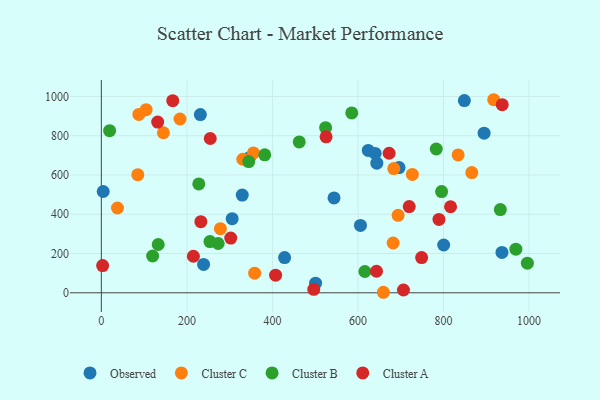
{"axis": {"x": "Investment", "y": "Sales"}, "legend": ["Cluster A", "Cluster B", "Cluster C", "Observed"], "data": [{"x": "894.8", "y": 812.8, "type": "Observed"}, {"x": "544.0", "y": 483.2, "type": "Observed"}, {"x": "605.8", "y": 343.1, "type": "Observed"}, {"x": "239.0", "y": 144.6, "type": "Observed"}, {"x": "329.4", "y": 497.8, "type": "Observed"}, {"x": "346.2", "y": 688.2, "type": "Observed"}, {"x": "4.4", "y": 515.8, "type": "Observed"}, {"x": "848.7", "y": 978.9, "type": "Observed"}, {"x": "644.0", "y": 660.0, "type": "Observed"}, {"x": "696.0", "y": 637.7, "type": "Observed"}, {"x": "428.4", "y": 179.3, "type": "Observed"}, {"x": "936.6", "y": 205.7, "type": "Observed"}, {"x": "624.0", "y": 725.2, "type": "Observed"}, {"x": "500.8", "y": 48.9, "type": "Observed"}, {"x": "305.8", "y": 377.4, "type": "Observed"}, {"x": "640.2", "y": 709.8, "type": "Observed"}, {"x": "800.3", "y": 243.4, "type": "Observed"}, {"x": "231.5", "y": 907.5, "type": "Observed"}, {"x": "278.3", "y": 326.7, "type": "Cluster C"}, {"x": "683.7", "y": 632.4, "type": "Cluster C"}, {"x": "659.4", "y": 2.6, "type": "Cluster C"}, {"x": "682.2", "y": 253.5, "type": "Cluster C"}, {"x": "85.2", "y": 601.8, "type": "Cluster C"}, {"x": "183.9", "y": 885.2, "type": "Cluster C"}, {"x": "330.7", "y": 680.1, "type": "Cluster C"}, {"x": "727.1", "y": 603.0, "type": "Cluster C"}, {"x": "87.7", "y": 908.2, "type": "Cluster C"}, {"x": "917.3", "y": 983.3, "type": "Cluster C"}, {"x": "358.4", "y": 100.0, "type": "Cluster C"}, {"x": "866.0", "y": 612.2, "type": "Cluster C"}, {"x": "834.1", "y": 702.1, "type": "Cluster C"}, {"x": "693.8", "y": 394.4, "type": "Cluster C"}, {"x": "104.7", "y": 932.4, "type": "Cluster C"}, {"x": "37.7", "y": 431.9, "type": "Cluster C"}, {"x": "145.1", "y": 815.2, "type": "Cluster C"}, {"x": "355.6", "y": 712.4, "type": "Cluster C"}, {"x": "344.5", "y": 668.3, "type": "Cluster B"}, {"x": "996.0", "y": 151.0, "type": "Cluster B"}, {"x": "616.1", "y": 108.5, "type": "Cluster B"}, {"x": "133.0", "y": 245.9, "type": "Cluster B"}, {"x": "273.1", "y": 251.0, "type": "Cluster B"}, {"x": "462.6", "y": 768.3, "type": "Cluster B"}, {"x": "227.8", "y": 554.7, "type": "Cluster B"}, {"x": "19.3", "y": 825.8, "type": "Cluster B"}, {"x": "969.1", "y": 222.3, "type": "Cluster B"}, {"x": "783.0", "y": 732.3, "type": "Cluster B"}, {"x": "795.5", "y": 515.4, "type": "Cluster B"}, {"x": "524.3", "y": 840.8, "type": "Cluster B"}, {"x": "119.9", "y": 187.4, "type": "Cluster B"}, {"x": "585.4", "y": 916.1, "type": "Cluster B"}, {"x": "253.9", "y": 261.0, "type": "Cluster B"}, {"x": "932.8", "y": 423.9, "type": "Cluster B"}, {"x": "382.0", "y": 702.7, "type": "Cluster B"}, {"x": "748.8", "y": 179.5, "type": "Cluster A"}, {"x": "496.6", "y": 17.5, "type": "Cluster A"}, {"x": "215.2", "y": 186.2, "type": "Cluster A"}, {"x": "937.2", "y": 958.2, "type": "Cluster A"}, {"x": "789.3", "y": 373.8, "type": "Cluster A"}, {"x": "166.9", "y": 978.6, "type": "Cluster A"}, {"x": "131.7", "y": 869.7, "type": "Cluster A"}, {"x": "302.5", "y": 278.7, "type": "Cluster A"}, {"x": "525.4", "y": 794.4, "type": "Cluster A"}, {"x": "3.0", "y": 138.6, "type": "Cluster A"}, {"x": "407.4", "y": 89.9, "type": "Cluster A"}, {"x": "254.6", "y": 785.9, "type": "Cluster A"}, {"x": "643.3", "y": 109.6, "type": "Cluster A"}, {"x": "672.8", "y": 710.6, "type": "Cluster A"}, {"x": "706.3", "y": 14.1, "type": "Cluster A"}, {"x": "719.8", "y": 439.2, "type": "Cluster A"}, {"x": "232.6", "y": 362.4, "type": "Cluster A"}, {"x": "816.4", "y": 438.2, "type": "Cluster A"}]}